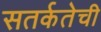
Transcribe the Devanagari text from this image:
सतर्कतेची